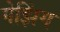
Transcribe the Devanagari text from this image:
गेझिंग